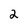
Character: 2